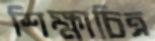
শিক্ষাচিত্র